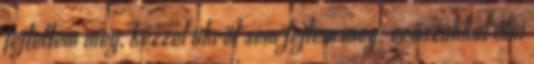
fejtettem meg, kézzel ökröt sem fejtem meg: erőszakkal élni